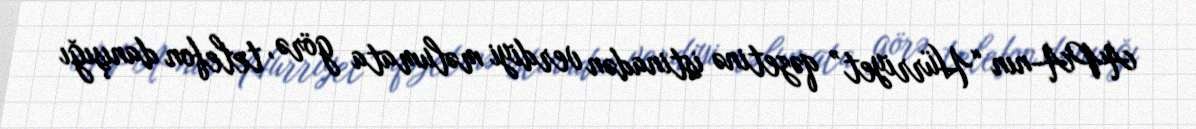
APA-nın “Hürriyet” qəzetinə istinadən verdiyi məlumata görə, telefon danışığı